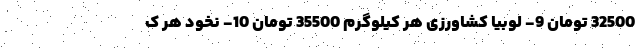
32500 تومان 9- لوبیا کشاورزی هر کیلوگرم 35500 تومان 10- نخود هر ک